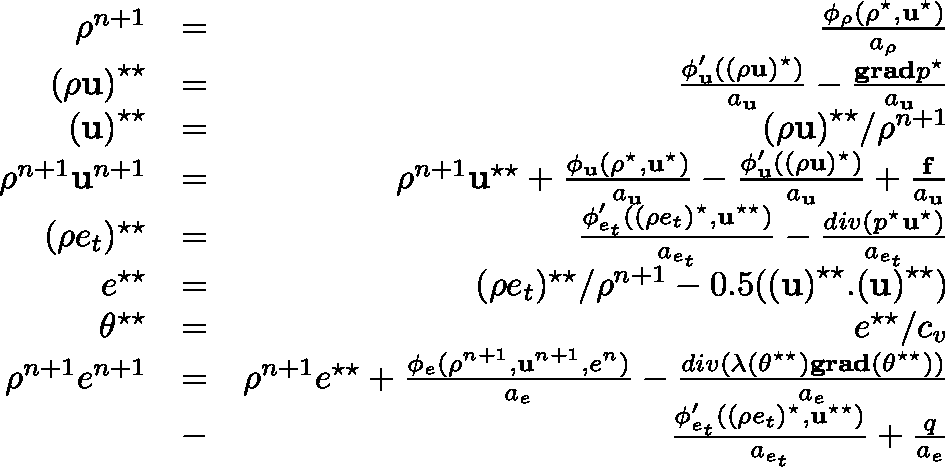
\begin{array} { r l r } { \rho ^ { n + 1 } } & { = } & { \frac { \phi _ { \rho } ( \rho ^ { \star } , \mathbf { u } ^ { \star } ) } { a _ { \rho } } } \\ { \mathbf { ( \rho u ) } ^ { \star \star } } & { = } & { \frac { \phi _ { \mathbf { u } } ^ { \prime } ( ( \rho \mathbf { u } ) ^ { \star } ) } { a _ { \mathbf { u } } } - \frac { \mathbf { g r a d } p ^ { \star } } { a _ { \mathbf { u } } } } \\ { \mathbf { ( u ) } ^ { \star \star } } & { = } & { \mathbf { ( \rho u ) } ^ { \star \star } / \rho ^ { n + 1 } } \\ { \rho ^ { n + 1 } \mathbf { u } ^ { n + 1 } } & { = } & { \rho ^ { n + 1 } \mathbf { u } ^ { \star \star } + \frac { \phi _ { \mathbf { u } } ( \rho ^ { \star } , \mathbf { u } ^ { \star } ) } { a _ { \mathbf { u } } } - \frac { \phi _ { \mathbf { u } } ^ { \prime } ( ( \rho \mathbf { u } ) ^ { \star } ) } { a _ { \mathbf { u } } } + \frac { \mathbf { f } } { a _ { \mathbf { u } } } } \\ { ( \rho { e _ { t } } ) ^ { \star \star } } & { = } & { \frac { \phi _ { e _ { t } } ^ { \prime } ( ( \rho { e _ { t } } ) ^ { \star } , \mathbf { u } ^ { \star \star } ) } { a _ { e _ { t } } } - \frac { d i v ( p ^ { \star } \mathbf { u } ^ { \star } ) } { a _ { e _ { t } } } } \\ { { e } ^ { \star \star } } & { = } & { ( \rho { e _ { t } } ) ^ { \star \star } / \rho ^ { n + 1 } - 0 . 5 ( \mathbf { ( u ) } ^ { \star \star } . \mathbf { ( u ) } ^ { \star \star } ) } \\ { { \theta } ^ { \star \star } } & { = } & { { e } ^ { \star \star } / c _ { v } } \\ { \rho ^ { n + 1 } e ^ { n + 1 } } & { = } & { \rho ^ { n + 1 } e ^ { \star \star } + \frac { \phi _ { e } ( \rho ^ { n + 1 } , \mathbf { u } ^ { n + 1 } , e ^ { n } ) } { a _ { e } } - \frac { d i v ( \lambda ( \theta ^ { \star \star } ) \mathbf { g r a d } ( \theta ^ { \star \star } ) ) } { a _ { e } } } \\ & { - } & { \frac { \phi _ { e _ { t } } ^ { \prime } ( ( \rho { e _ { t } } ) ^ { \star } , \mathbf { u } ^ { \star \star } ) } { a _ { e _ { t } } } + \frac { q } { a _ { e } } } \end{array}